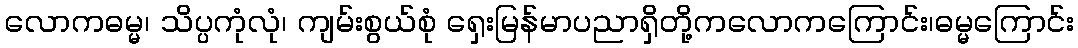
လောကဓမ္မ၊ သိပ္ပကုံလုံ၊ ကျမ်းစွယ်စုံ ရှေးမြန်မာပညာရှိတို့ကလောကကြောင်း၊ဓမ္မကြောင်း